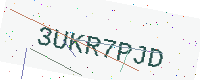
Text: 3UKR7PJD